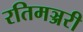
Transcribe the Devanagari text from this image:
रतिमञ्जरी